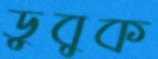
ডুবুক